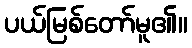
ပယ်မြစ်တော်မူ၏။